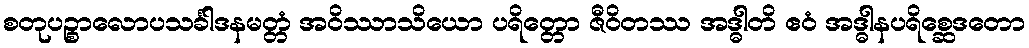
စတုပဉ္စာလောပသင်္ခါဒနမတ္တံ အဝိဿာသိယော ပရိတ္တော ဇီဝိတဿ အဒ္ဓါတိ ဧဝံ အဒ္ဓါနပရိစ္ဆေဒတော